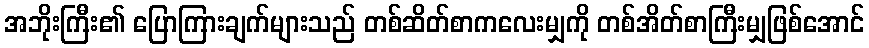
အဘိုးကြီး၏ ပြောကြားချက်များသည် တစ်ဆိတ်စာကလေးမျှကို တစ်အိတ်စာကြီးမျှဖြစ်အောင်